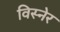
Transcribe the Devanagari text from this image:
विस्नेर